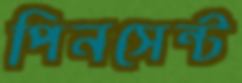
পিনসেন্ট